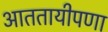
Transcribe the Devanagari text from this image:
आततायीपणा